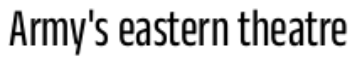
Army's eastern theatre